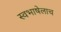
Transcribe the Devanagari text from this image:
स्वभाषेलाच